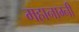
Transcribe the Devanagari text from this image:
महानाम्नी